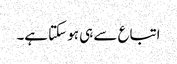
اتباع سے ہی ہو سکتا ہے۔